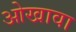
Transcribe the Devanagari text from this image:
ओखावा